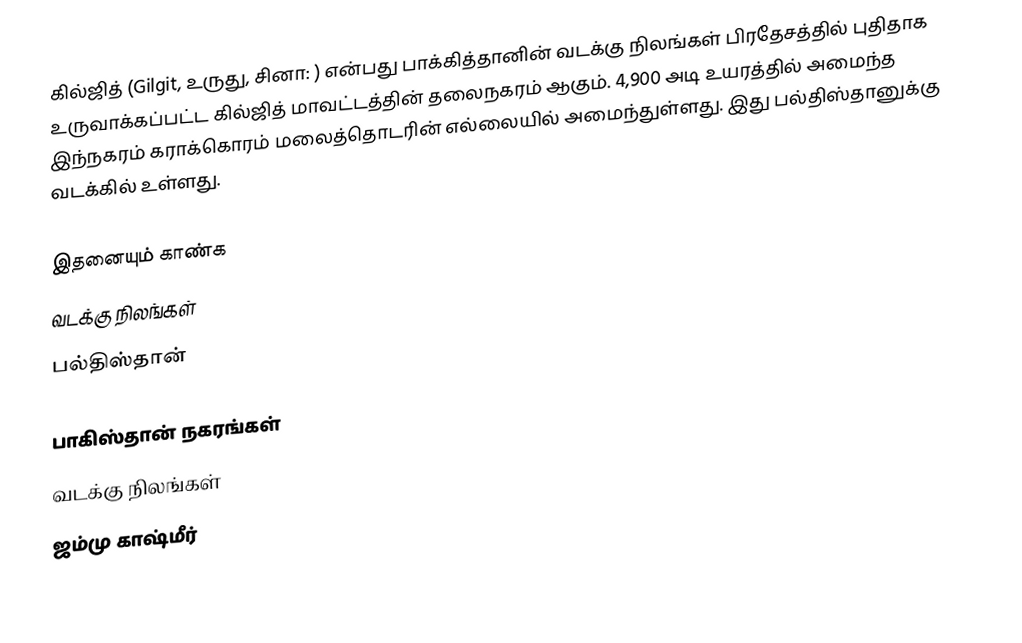
கில்ஜித் (Gilgit, உருது, சினா: ) என்பது பாக்கித்தானின் வடக்கு நிலங்கள் பிரதேசத்தில் புதிதாக உருவாக்கப்பட்ட கில்ஜித் மாவட்டத்தின் தலைநகரம் ஆகும். 4,900 அடி உயரத்தில் அமைந்த இந்நகரம் கராக்கொரம் மலைத்தொடரின் எல்லையில் அமைந்துள்ளது. இது பல்திஸ்தானுக்கு வடக்கில் உள்ளது.

இதனையும் காண்க
 வடக்கு நிலங்கள்
 பல்திஸ்தான்

பாகிஸ்தான் நகரங்கள்
வடக்கு நிலங்கள்
ஜம்மு காஷ்மீர்